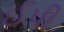
ઈપી